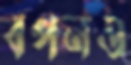
বপনও